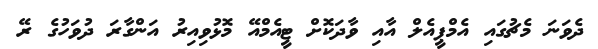
ދެވަނަ މެޗުގައި އެމްޕީއެލް އާއި ވާދަކޮށް ޓީއެމްއޭ މޮޅުވިއިރު އަންގާރަ ދުވަހުގެ ރޭ